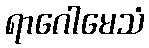
ရာဂေါမေသံ